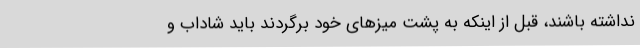
نداشته باشند، قبل از اینکه به پشت میزهای خود برگردند باید شاداب و